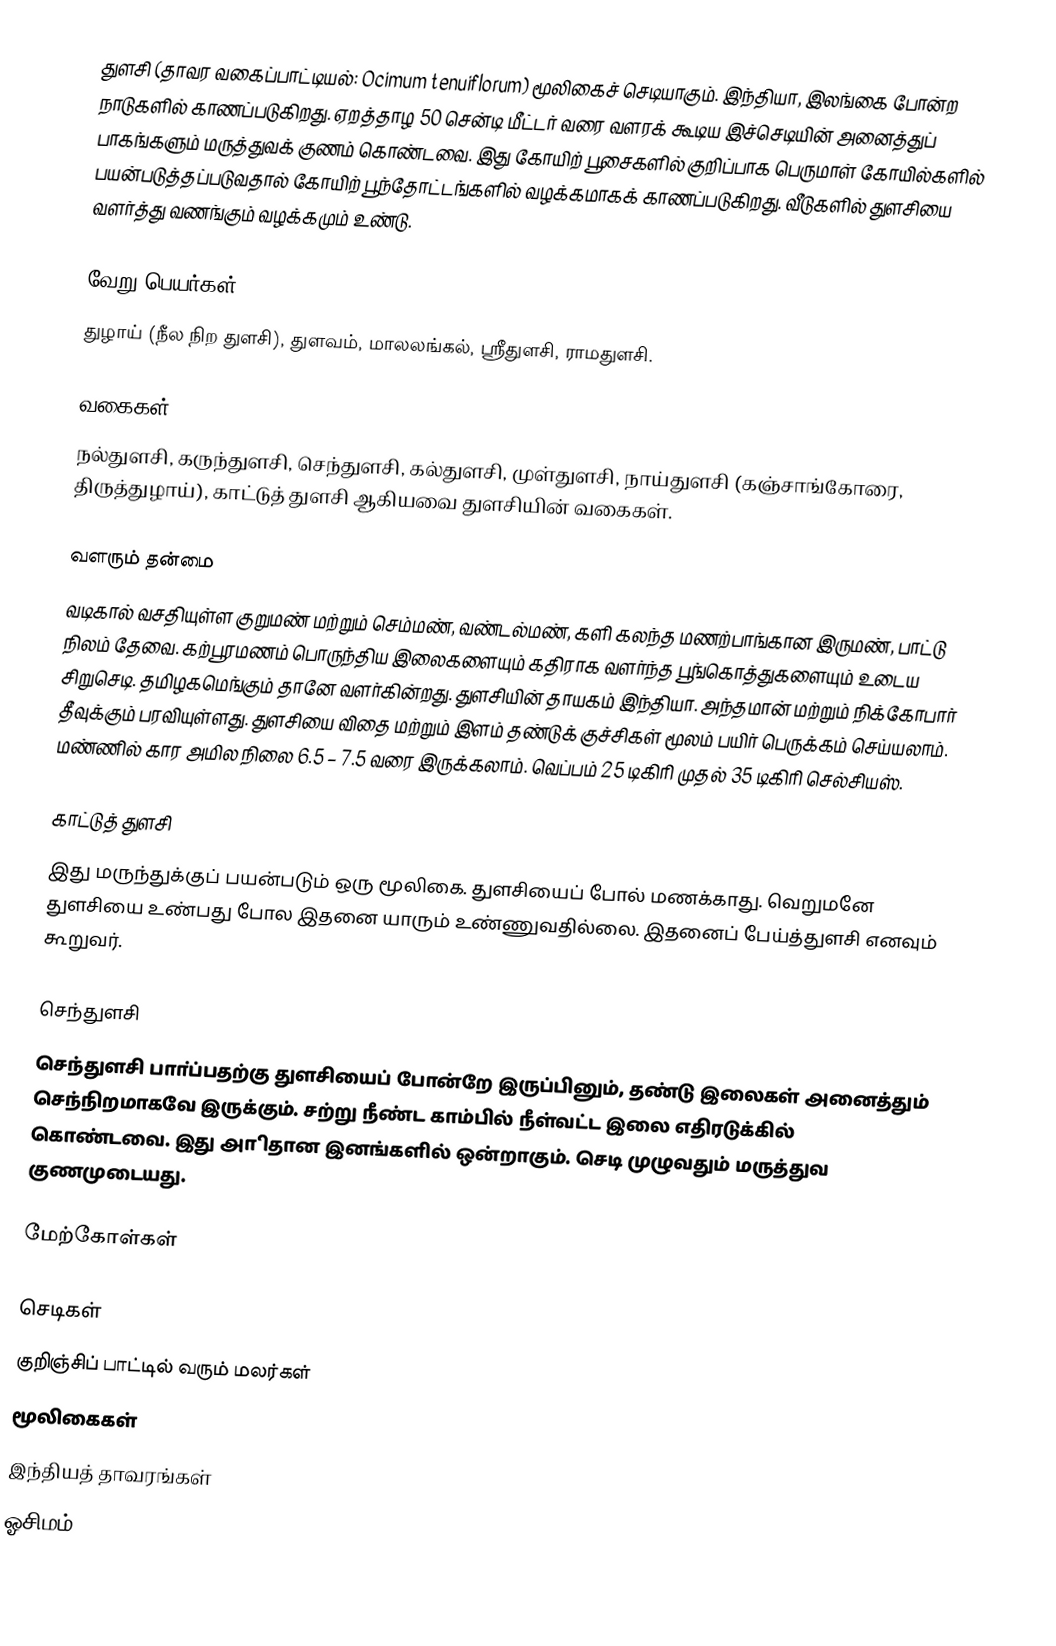
துளசி (தாவர வகைப்பாட்டியல்: Ocimum tenuiflorum) மூலிகைச் செடியாகும். இந்தியா, இலங்கை போன்ற நாடுகளில் காணப்படுகிறது. ஏறத்தாழ 50 சென்டி மீட்டர் வரை வளரக் கூடிய இச்செடியின் அனைத்துப் பாகங்களும் மருத்துவக் குணம் கொண்டவை. இது கோயிற் பூசைகளில் குறிப்பாக பெருமாள் கோயில்களில் பயன்படுத்தப்படுவதால் கோயிற் பூந்தோட்டங்களில் வழக்கமாகக் காணப்படுகிறது. வீடுகளில் துளசியை வளர்த்து வணங்கும் வழக்கமும் உண்டு.

வேறு பெயர்கள்
துழாய் (நீல நிற துளசி), துளவம், மாலலங்கல், ஸ்ரீதுளசி, ராமதுளசி.

வகைகள்
நல்துளசி, கருந்துளசி, செந்துளசி, கல்துளசி, முள்துளசி, நாய்துளசி (கஞ்சாங்கோரை, திருத்துழாய்), காட்டுத் துளசி ஆகியவை துளசியின் வகைகள்.

வளரும் தன்மை
வடிகால் வசதியுள்ள குறுமண் மற்றும் செம்மண், வண்டல்மண், களி கலந்த மணற்பாங்கான இருமண், பாட்டு நிலம் தேவை. கற்பூரமணம் பொருந்திய இலைகளையும் கதிராக வளர்ந்த பூங்கொத்துகளையும் உடைய சிறுசெடி. தமிழகமெங்கும் தானே வளர்கின்றது. துளசியின் தாயகம் இந்தியா. அந்தமான் மற்றும் நிக்கோபார் தீவுக்கும் பரவியுள்ளது. துளசியை விதை மற்றும் இளம் தண்டுக் குச்சிகள் மூலம் பயிர் பெருக்கம் செய்யலாம். மண்ணில் கார அமில நிலை 6.5 – 7.5 வரை இருக்கலாம். வெப்பம் 25 டிகிரி முதல் 35 டிகிரி செல்சியஸ்.

காட்டுத் துளசி
இது மருந்துக்குப் பயன்படும் ஒரு மூலிகை. துளசியைப் போல் மணக்காது. வெறுமனே துளசியை உண்பது போல இதனை யாரும் உண்ணுவதில்லை. இதனைப் பேய்த்துளசி எனவும் கூறுவர்.

செந்துளசி
செந்துளசி பாா்ப்பதற்கு துளசியைப் போன்றே இருப்பினும், தண்டு இலைகள் அனைத்தும் செந்நிறமாகவே இருக்கும். சற்று நீண்ட காம்பில் நீள்வட்ட இலை எதிரடுக்கில் கொண்டவை. இது அாிதான இனங்களில் ஒன்றாகும். செடி முழுவதும் மருத்துவ குணமுடையது.

மேற்கோள்கள்

செடிகள்
குறிஞ்சிப் பாட்டில் வரும் மலர்கள்
மூலிகைகள்
இந்தியத் தாவரங்கள்
ஓசிமம்